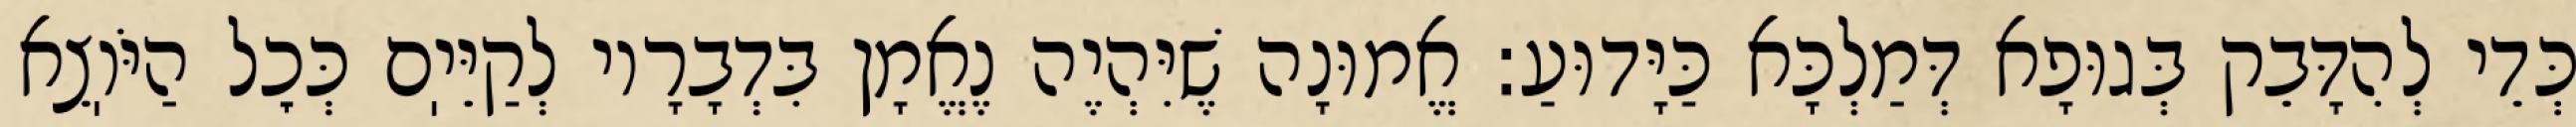
כְּדֵי לְהִדָּבֵק בְּגוּפָא דְּמַלְכָּא כַּיָּדוּעַ: אֱמוּנָה שֶׁיִּהְיֶה נֶאֱמָן בִּדְבָרָיו לְקַיֵּיֽם כְּכׇל הַיֹּוֽצֵא